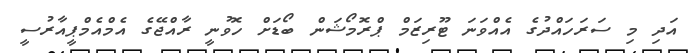
އަދި މި ސަރަހައްދުގެ އެއްވަނަ ޓޫރިޒަމް ޕްރޮމޯޝަން ބޯޑަށް ހޮވުނީ ރާއްޖޭގެ އެމްއެމްޕީއާރުސީ